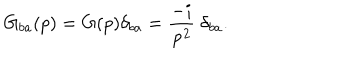
G _ { b a } ( p ) = G ( p ) \delta _ { b a } = \frac { - i } { { \bf p } ^ { 2 } } \; \delta _ { b a } .